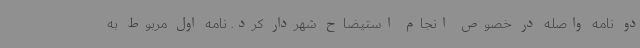
دو نامه واصله در خصوص انجام استیضاح شهردار کرد. نامه اول مربوط به